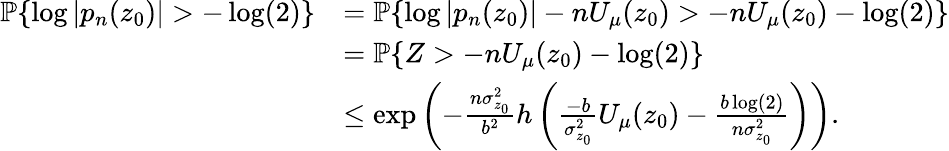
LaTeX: \begin{array}{rl}{\mathbb{P}\{ \log|p_{n}(z_{0})|>-\log(2)\} }&{=\mathbb{P}\{ \log|p_{n}(z_{0})|-nU_{\mu}(z_{0})>-nU_{\mu}(z_{0})-\log(2)\} }\\ &{=\mathbb{P}\{ Z>-nU_{\mu}(z_{0})-\log(2)\} }\\ &{\leq\exp\left(-\frac{n\sigma_{z_{0}}^{2}}{b^{2}}h\left(\frac{-b}{\sigma_{z_{0}}^{2}}U_{\mu}(z_{0})-\frac{b\log(2)}{n\sigma_{z_{0}}^{2}}\right)\right).}\end{array}